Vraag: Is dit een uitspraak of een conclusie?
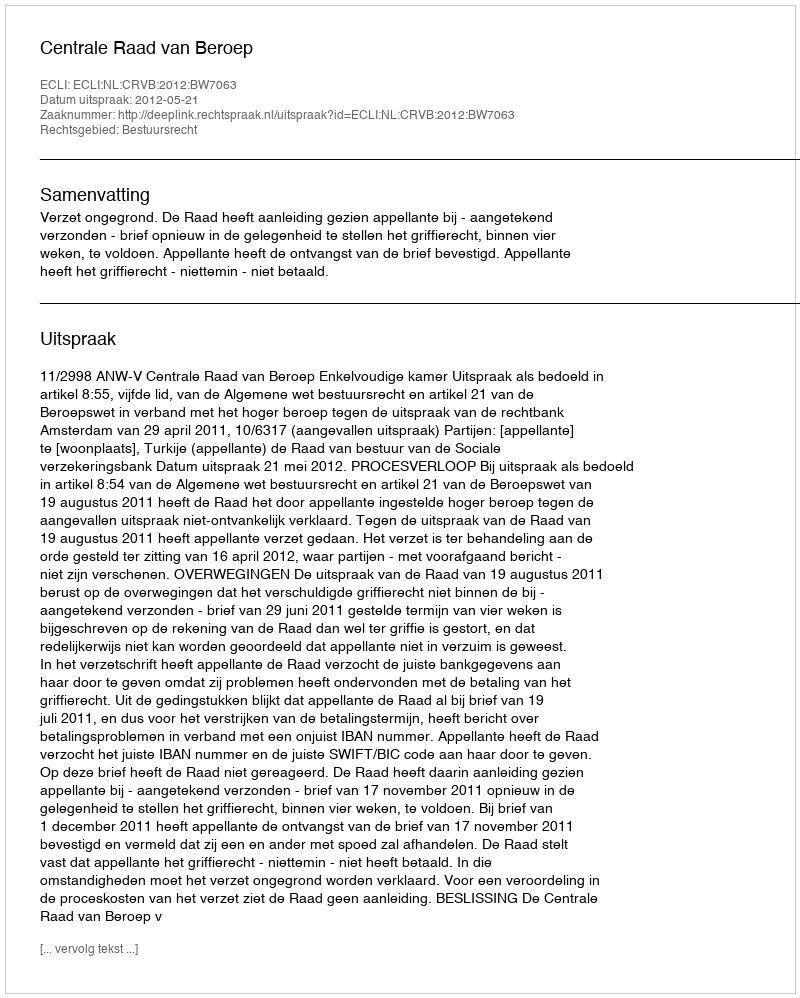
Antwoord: Uitspraak